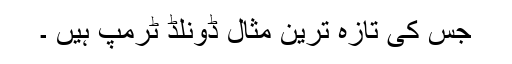
جس کی تازہ ترین مثال ڈونلڈ ٹرمپ ہیں ۔